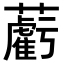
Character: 𧃷